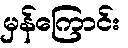
မှန်ကြောင်း